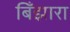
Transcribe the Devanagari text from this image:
बिँझारा